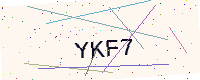
Text: YKF7